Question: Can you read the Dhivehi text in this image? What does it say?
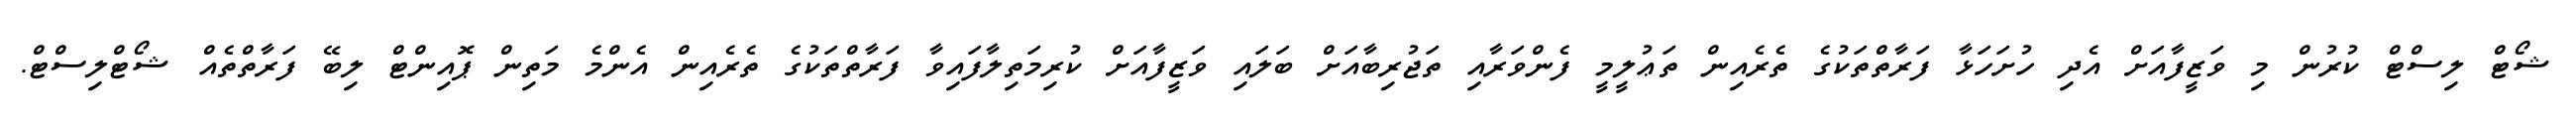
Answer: ޝޯޓް ލިސްޓް ކުރުން މި ވަޒީފާއަށް އެދި ހުށަހަޅާ ފަރާތްތަކުގެ ތެރެއިން ތަޢުލީމީ ފެންވަރާއި ތަޖުރިބާއަށް ބަލައި ވަޒީފާއަށް ކުރިމަތިލާފައިވާ ފަރާތްތަކުގެ ތެރެއިން އެންމެ މަތިން ޕޮއިންޓް ލިބޭ ފަރާތްތެއް ޝޯޓްލިސްޓް.